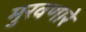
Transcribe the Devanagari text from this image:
मुरवणारे